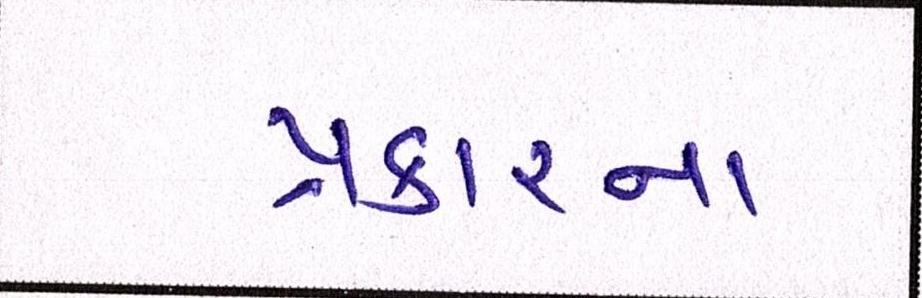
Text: પ્રકારના